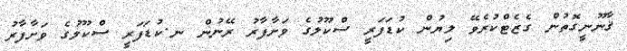
ޤާނޫނީގޮތުން ގެޒެޓްކުރެވޭ ލިޔުން ކުޑަފަރީ ސްކޫލުގެ ވަށާފާރު ރޭނުން ނ.ކުޑަފަރީ ސްކޫލުގެ ވަށާފާރު